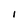
Character: I